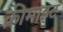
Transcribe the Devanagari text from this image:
क्रीमाइट